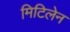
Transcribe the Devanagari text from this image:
मिटिलेन